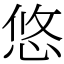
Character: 悠